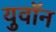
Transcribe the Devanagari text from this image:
युवॉन